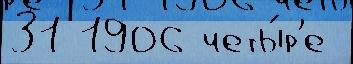
31 1906 четы́р'е